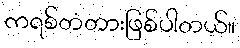
ကရစ်တံတားဖြစ်ပါတယ်။